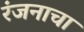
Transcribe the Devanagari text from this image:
रंजनाचा